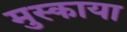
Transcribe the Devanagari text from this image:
मुस्काया